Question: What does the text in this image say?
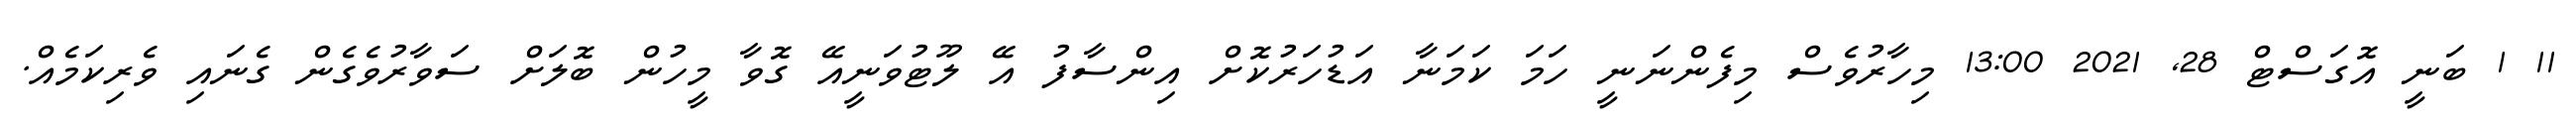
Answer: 11 1 ބަނީ އޮގަސްޓް 28, 2021 13:00 މިހާރުވެސް މިފެންނަނީ ހަމަ ކަމަނާ އަޑުހަރުކޮށް އިންސާފު އޭ ލޫޓުވަނީއޭ ގޮވާ މީހުން ބޮލަށް ސަވާރުވެގެން ގެނައި ވެރިކަމެއް.